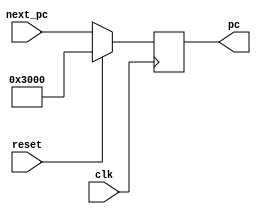
`timescale 1ns/1ps

module PC(
		input[31:2] next_pc,
		input reset, clk,
		output reg[31:2] pc
	);
    
    always @(posedge clk)
    begin
        if (reset == 1) 
            pc <= 30'h00003000;//pc = 30'b0000_0000_0000_0000_0011_0000_0000_00;
		else 
            pc <= next_pc;
    end
endmodule